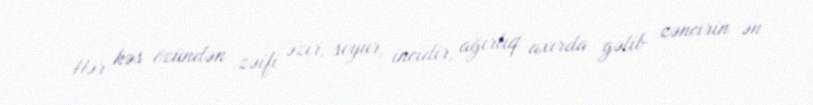
Hər kəs özündən zəifi əzir, soyur, incidir, ağırlıq axırda gəlib zəncirin ən